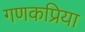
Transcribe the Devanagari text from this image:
गणकप्रिया